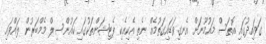
ގަވައިދުގައި އޮތަސް މައުމޫނަށް އެނގިވަޑައިގަތުމެއް ނެތި އެކިއެކި ޕެޓިޝަންތަކުގައި ކައުންސިލް މެމްބަރުން ލައްވައި